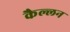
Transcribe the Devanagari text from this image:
कैल्लन